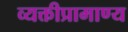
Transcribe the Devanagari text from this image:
व्यक्तीप्रामाण्य